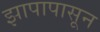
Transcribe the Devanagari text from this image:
झापापासून